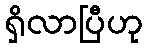
ရှိလာပြီဟု